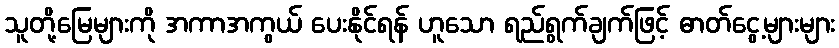
သူတို့မြေများကို အကာအကွယ် ပေးနိုင်ရန် ဟူသော ရည်ရွက်ချက်ဖြင့် ဓာတ်ငွေ့များများ